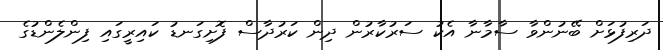
ދަރިފުޅަށް ބޭނުންވާ ސާމާނާ އެކު ސަރުކާރުން ދިން ކަރުދާސް ފޮށިގަނޑު ކައިރީގައި ފިންލެންޑުގެ